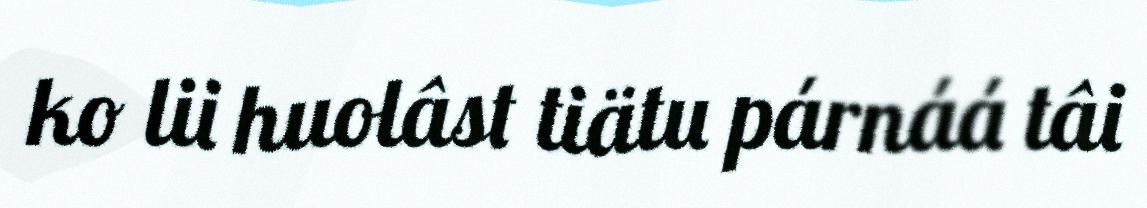
ko lii huolâst tiätu párnáá tâi